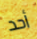
أحد